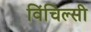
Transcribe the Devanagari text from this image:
विंचिल्सी